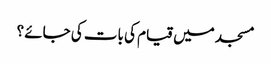
مسجد میں قیام کی بات کی جائے ؟